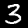
Label: 3